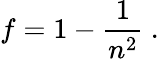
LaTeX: f=1-{\frac{1}{n^{2}}}\ .